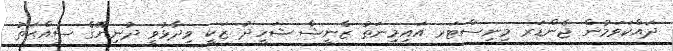
ދައްކަވަމުން ޖެންޑަރ މިނިސްޓަރ އައިމިނަތު ޒެނީޝާ ޝަހީދު ޒަކީ ވިދާޅުވީ ދުނިޔޭގެ ސިއްޙަތު